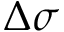
\Delta \sigma